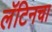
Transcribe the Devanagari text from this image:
लॅटिनचा